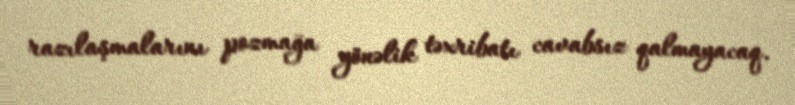
razılaşmalarını pozmağa yönəlik təxribatı cavabsız qalmayacaq.